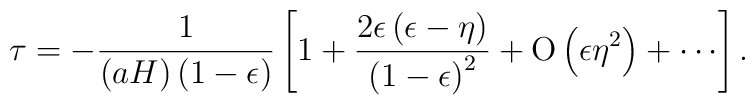
\tau = - {1 \over \left(a H\right) \left(1 - \epsilon\right)}\left[1 + {2 \epsilon \left(\epsilon - \eta\right) \over \left(1 - \epsilon\right)^2} + {\rm O}\left(\epsilon \eta^2\right) + \cdots\right].